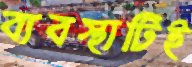
ব্যবস্থাটিই